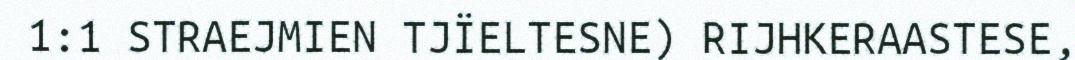
1:1 STRAEJMIEN TJÏELTESNE) RIJHKERAASTESE,